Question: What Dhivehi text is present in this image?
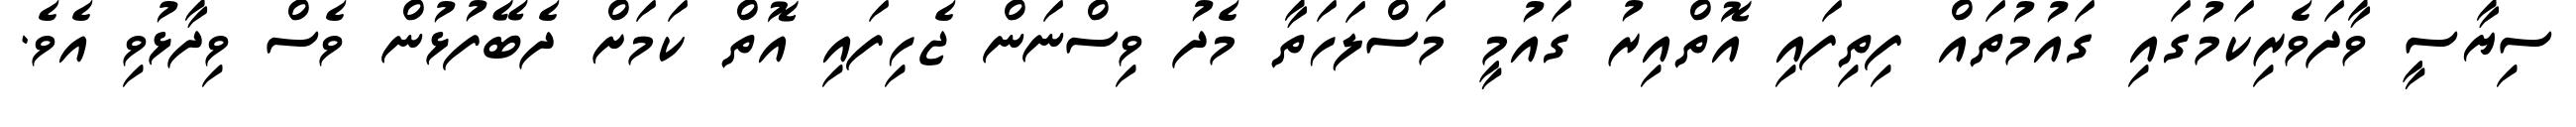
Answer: ސިޔާސީ ވާދަވެރިކަމުގައި ގައުމުތައް ފިތިފައި އޮތްއިރު ގައުމީ މަސްލަހަތާ މެދު ވިސްނަން ޖެހިފައި އޮތް ކަމަށް ދެބޭފުޅުން ވެސް ވިދާޅުވި އެވެ.